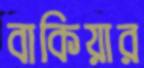
বাকিয়ার